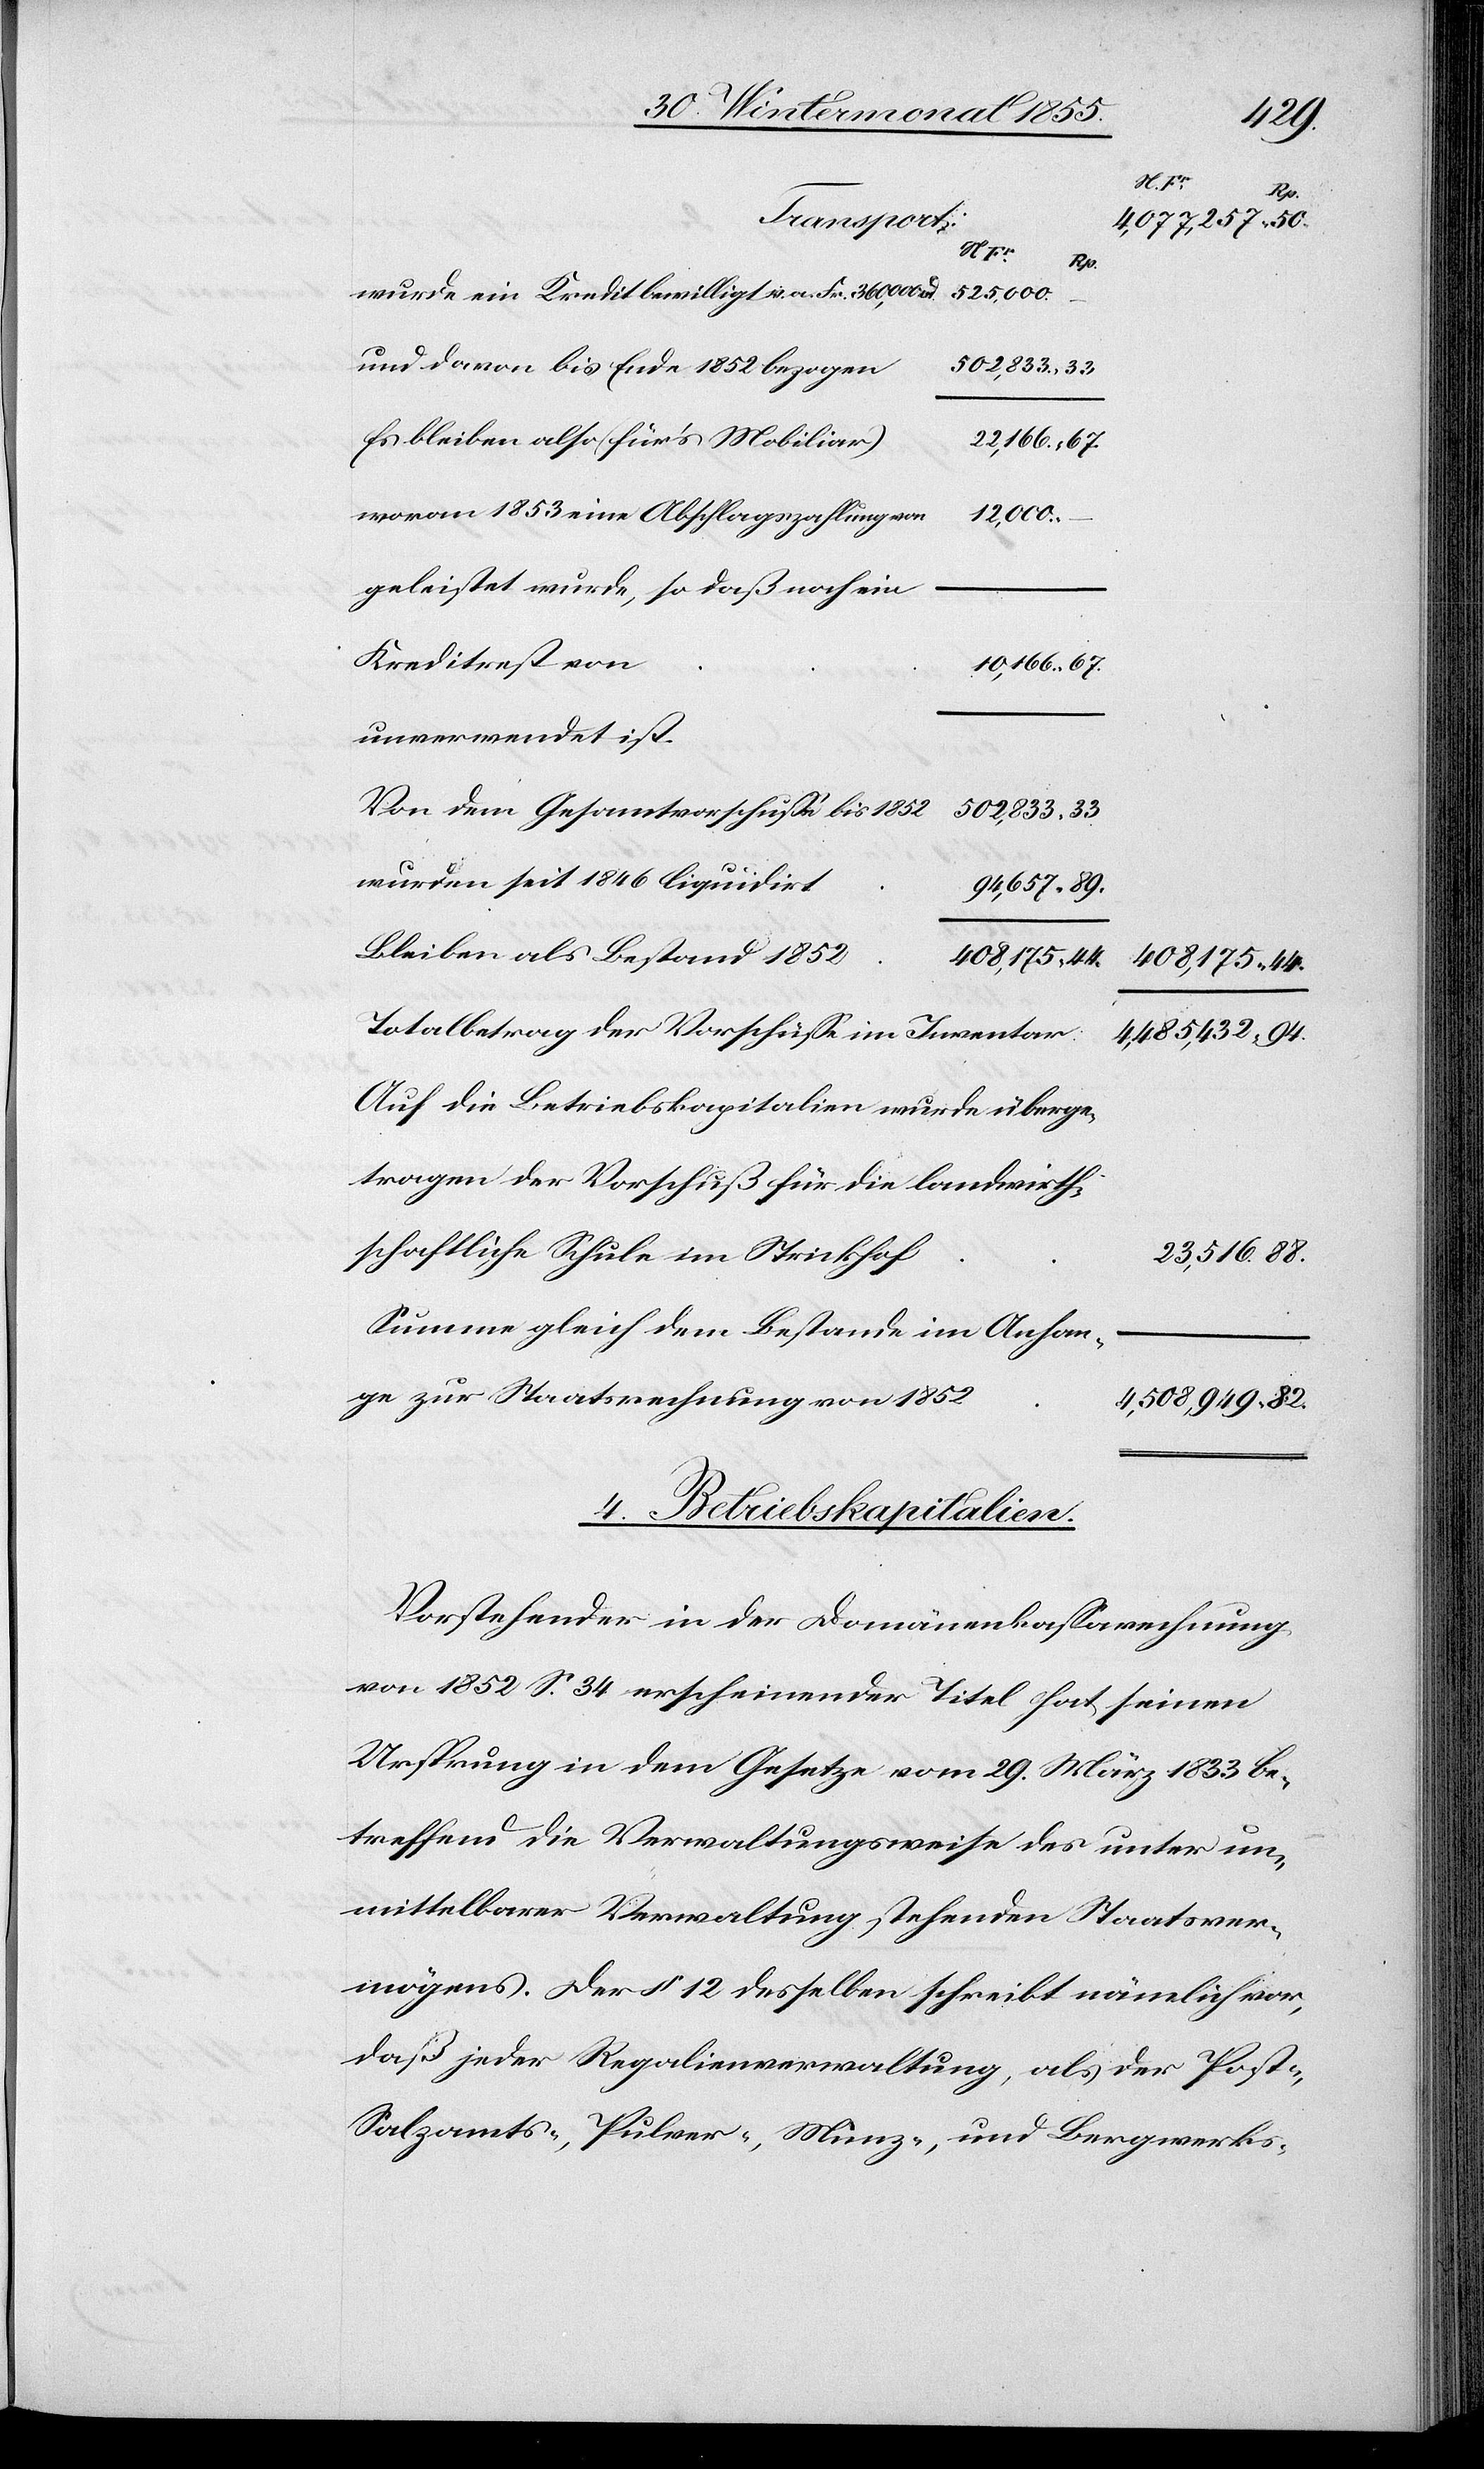
94.
23,516.
82.
wurde ein Kredit bewilligt v. a. Fr. 360,000 od.
525,000.
und davon bis Ende 1852 bezogen
502,833.
Es bleiben also (für’s Mobiliar)
woran 1853 eine Abschlagszahlung von
4,485,432.
geleistet wurde, so daß noch ein
Kreditrest von
10,166.
unverwendet ist.
Von dem Gesamtvorschusse bis 1852
502,833.
wurden seit 1846 liquidirt
Bleiben als Bestand 1852
Totalbetrag der Vorschüsse im Inventar:
Auf die Betriebskapitalien wurde überge¬
tragen der Vorschuß für die landwirth¬
schaftliche Schule im Strickhof
Summe gleich dem Bestande im Anhan¬
ge zur Staatsrechnung von 1852
4,508,949.
4. Betriebskapitalien.
Vorstehender in der Domänenkassarechnung
von 1852 S. 34 erscheinender Titel hat seinen
Ursprung in dem Gesetze vom 29. März 1833 be¬
treffend die Verwaltungsweise des unter un¬
mittelbarer Verwaltung stehenden Staatsver¬
mögens. Der § 12 desselben schreibt nämlich vor,
daß jeder Regalienverwaltung, als der Post-,
Salzamts-, Pulver-, Münz-, und Bergwerks-